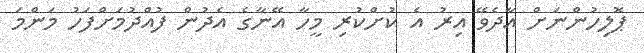
ޕޮލިހުންނަށް އާދެވޭ އިރު އެ ކުށްކުރި މީހާ އޭނާގެ އެދުން ފުއްދުމަށްފަހު މަންމަ